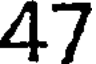
47